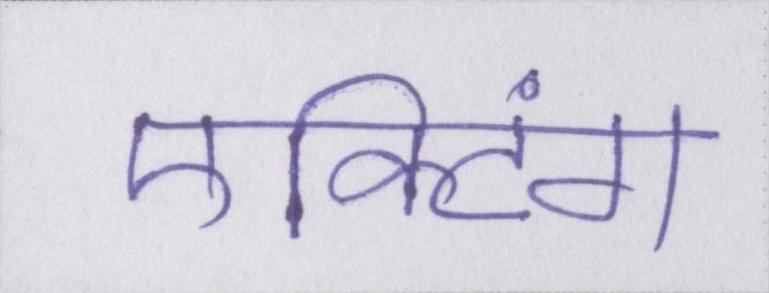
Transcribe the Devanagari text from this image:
एक्टिंग